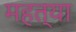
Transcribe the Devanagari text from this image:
महत्या